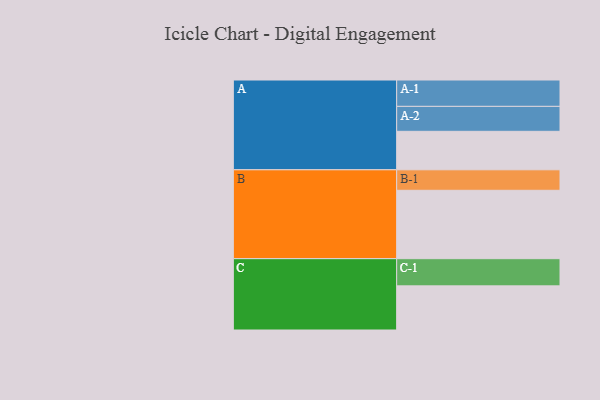
{"axis": {"x": "Segment", "y": "Value"}, "legend": ["", "A", "B", "C"], "data": [{"x": "A", "y": 327, "type": ""}, {"x": "B", "y": 581, "type": ""}, {"x": "C", "y": 375, "type": ""}, {"x": "A-1", "y": 224, "type": "A"}, {"x": "A-2", "y": 212, "type": "A"}, {"x": "B-1", "y": 174, "type": "B"}, {"x": "C-1", "y": 231, "type": "C"}]}